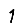
Digit: 1